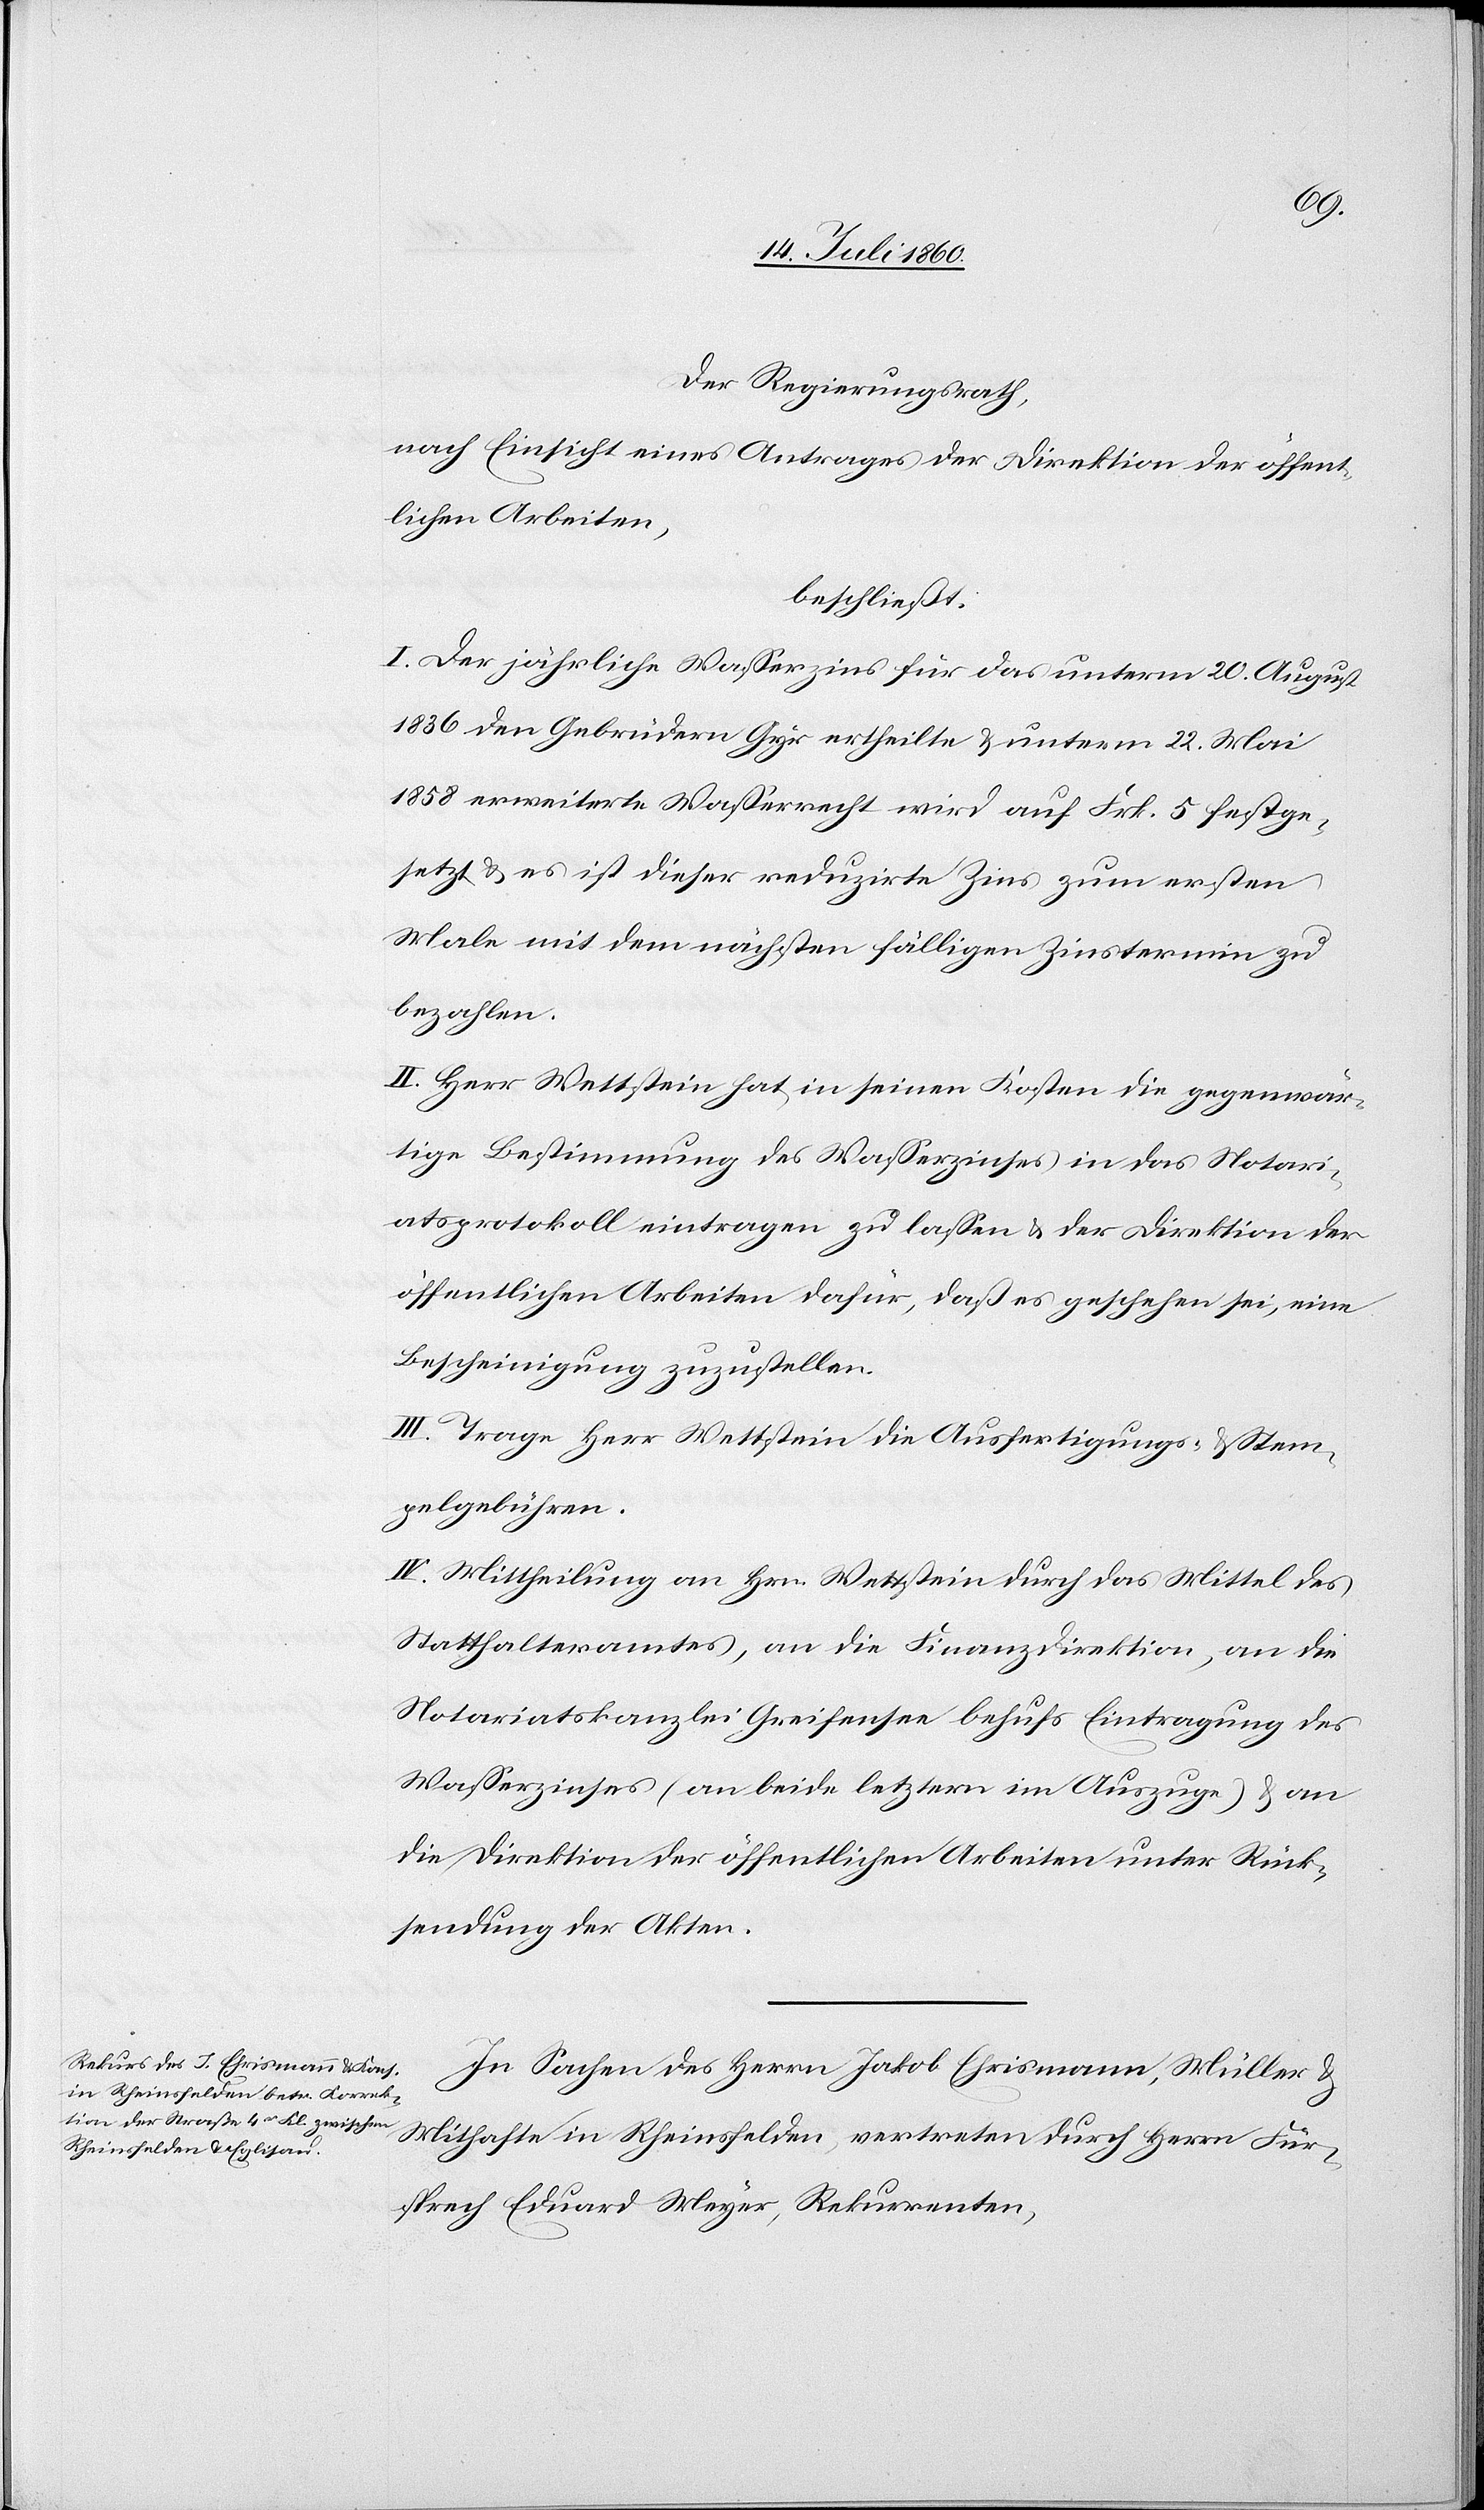
Der Regierungsrath,
nach Einsicht eines Antrages der Direktion der öffent¬
lichen Arbeiten,
beschließt:
I. Der jährliche Wasserzins für das unterm 20. August
1836 den Gebrüdern Gyr ertheilte & unterm 22. Mai
1858 erweiterte Wasserrecht wird auf Frk. 5 festge¬
setzt & es ist dieser reduzirte Zins zum ersten
Male mit dem nächsten fälligen Zinstermin zu
bezahlen.
II. Herr Wettstein hat in seinen Kosten die gegenwär¬
tige Bestimmung des Wasserzinses in das Notari¬
atsprotokoll eintragen zu lassen & der Direktion der
öffentlichen Arbeiten dafür, daß es geschehen sei, eine
Bescheinigung zuzustellen.
III. Trage Herr Wettstein die Ausfertigungs- & Stem¬
pelgebühren.
IV. Mittheilung an Hrn. Wettstein durch das Mittel des
Statthalteramtes, an die Finanzdirektion, an die
Notariatskanzlei Greifensee behufs Eintragung des
Wasserzinses (an beide letztern im Auszuge) & an
die Direktion der öffentlichen Arbeiten unter Rück¬
sendung der Akten.
In Sachen des Herrn Jakob Ehrismann, Müller &
Mithafte in Rheinsfelden, vertreten durch Herrn Für¬
sprech Eduard Meyer, Rekurrenten,